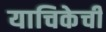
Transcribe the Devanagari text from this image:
याचिकेची